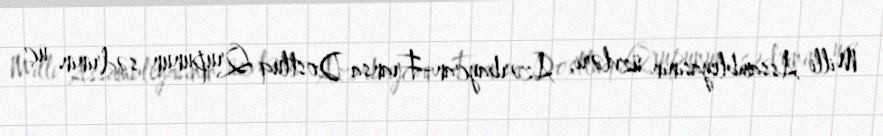
Milli Assambleyasının üzvləri, Azərbaycan-Fransa Dostluq Qrupunun sədrinin üç